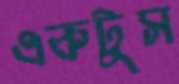
একটুস